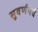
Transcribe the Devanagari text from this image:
सुवर्णपर्व